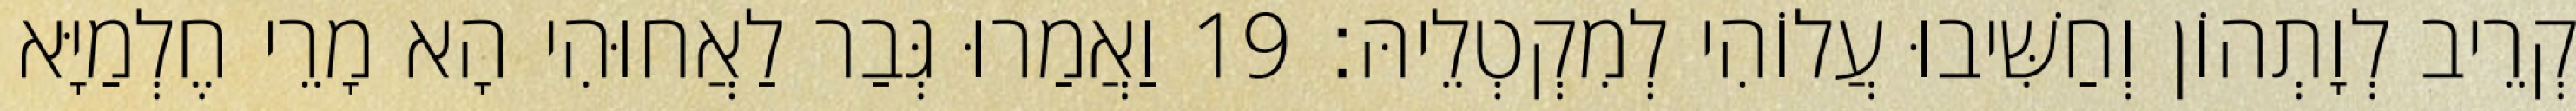
קְרֵיב לְוָתְהוֹן וְחַשִּׁיבוּ עֲלוֹהִי לְמִקְטְלֵיהּ׃ 19 וַאֲמַרוּ גְּבַר לַאֲחוּהִי הָא מָרֵי חֶלְמַיָּא